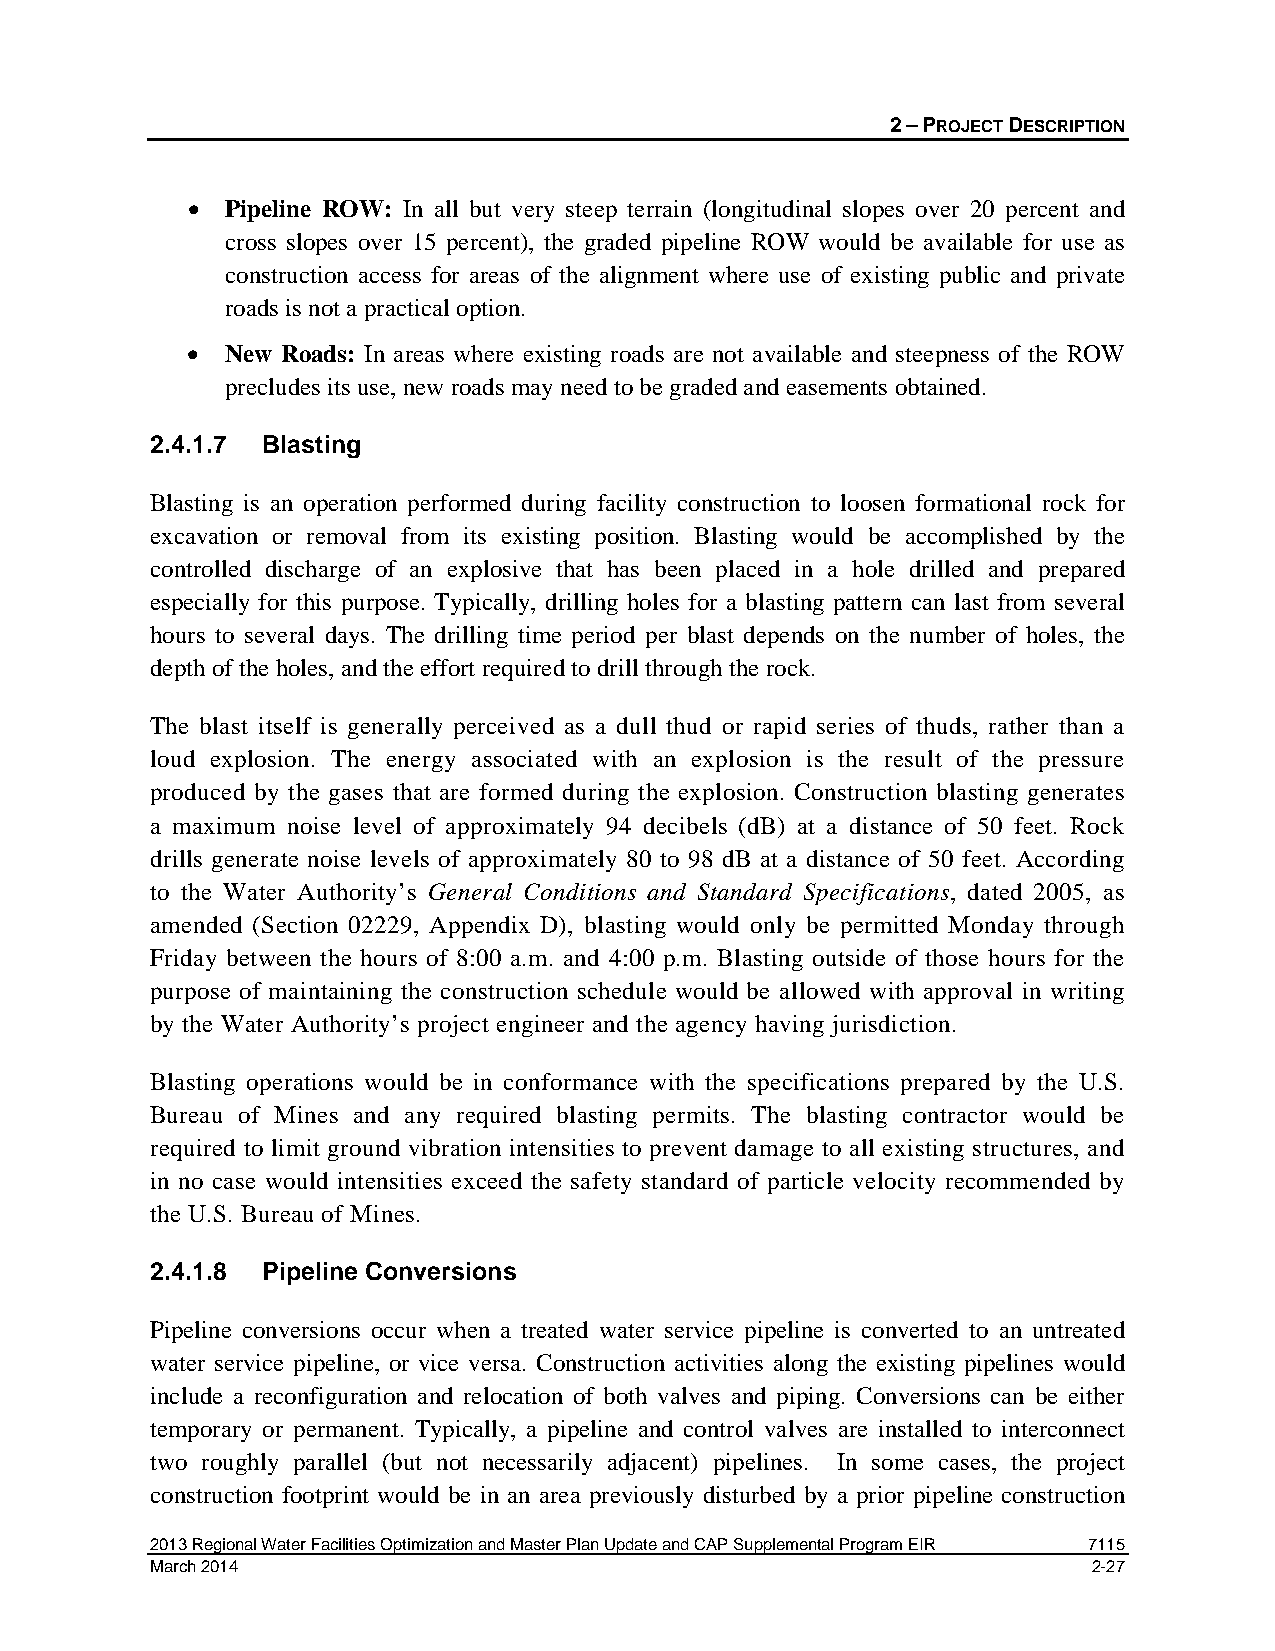
2 – PROJECT DESCRIPTION
 •  Pipeline ROW: In all but very steep terrain (longitudinal slopes over 20 percent and
 cross slopes over 15 percent), the graded pipeline ROW would be available for use as
 construction access for areas of the alignment where use of existing public and private
 roads is not a practical option.
 •  New Roads: In areas where existing roads are not available and steepness of the ROW
 precludes its use, new roads may need to be graded and easements obtained.
 2.4.1.7 Blasting
 Blasting is an operation performed during facility construction to loosen formational rock for
 excavation or removal from its existing position. Blasting would be accomplished by the
 controlled discharge of an explosive that has been placed in a hole drilled and prepared
 especially for this purpose. Typically, drilling holes for a blasting pattern can last from several
 hours to several days. The drilling time period per blast depends on the number of holes, the
 depth of the holes, and the effort required to drill through the rock.
 The blast itself is generally perceived as a dull thud or rapid series of thuds, rather than a
 loud explosion. The energy associated with an explosion is the result of the pressure
 produced by the gases that are formed during the explosion. Construction blasting generates
 a maximum noise level of approximately 94 decibels (dB) at a distance of 50 feet. Rock
 drills generate noise levels of approximately 80 to 98 dB at a distance of 50 feet. According
 to the Water Authority’s General Conditions and Standard Specifications, dated 2005, as
 amended (Section 02229, Appendix D), blasting would only be permitted Monday through
 Friday between the hours of 8:00 a.m. and 4:00 p.m. Blasting outside of those hours for the
 purpose of maintaining the construction schedule would be allowed with approval in writing
 by the Water Authority’s project engineer and the agency having jurisdiction.
 Blasting operations would be in conformance with the specifications prepared by the U.S.
 Bureau of Mines and any required blasting permits. The blasting contractor would be
 required to limit ground vibration intensities to prevent damage to all existing structures, and
 in no case would intensities exceed the safety standard of particle velocity recommended by
 the U.S. Bureau of Mines.
 2.4.1.8 Pipeline Conversions
 Pipeline conversions occur when a treated water service pipeline is converted to an untreated
 water service pipeline, or vice versa. Construction activities along the existing pipelines would
 include a reconfiguration and relocation of both valves and piping. Conversions can be either
 temporary or permanent. Typically, a pipeline and control valves are installed to interconnect
 two roughly parallel (but not necessarily adjacent) pipelines. In some cases, the project
 construction footprint would be in an area previously disturbed by a prior pipeline construction
 2013 Regional Water Facilities Optimization and Master Plan Update and CAP Supplemental Program EIR 7115
 March 2014                                                    2-27